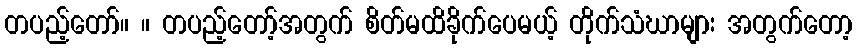
တပည့်တော်။ ။ တပည့်တော့်အတွက် စိတ်မထိခိုက်ပေမယ့် တိုက်သံဃာများ အတွက်တော့